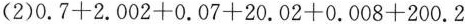
(2)$$0.7+2.002+0.07+20.02+0.008+200.2$$